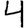
Digit: 4